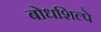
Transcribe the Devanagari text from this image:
बोधशिल्पे